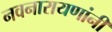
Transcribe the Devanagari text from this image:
नवनारायणांनी